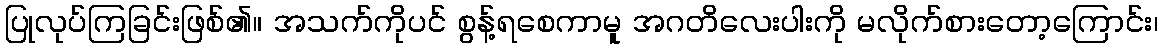
ပြုလုပ်ကြခြင်းဖြစ်၏။ အသက်ကိုပင် စွန့်ရစေကာမူ အဂတိလေးပါးကို မလိုက်စားတော့ကြောင်း၊